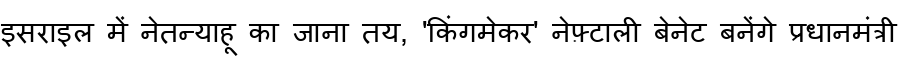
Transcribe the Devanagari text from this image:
इसराइल में नेतन्याहू का जाना तय, 'किंगमेकर' नेफ़्टाली बेनेट बनेंगे प्रधानमंत्री